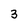
Character: 3